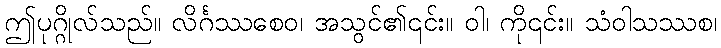
ဤပုဂ္ဂိုလ်သည်။ လိင်္ဂဿစေဝ၊ အသွင်၏၎င်း။ ဝါ၊ ကို၎င်း။ သံဝါသဿစ၊